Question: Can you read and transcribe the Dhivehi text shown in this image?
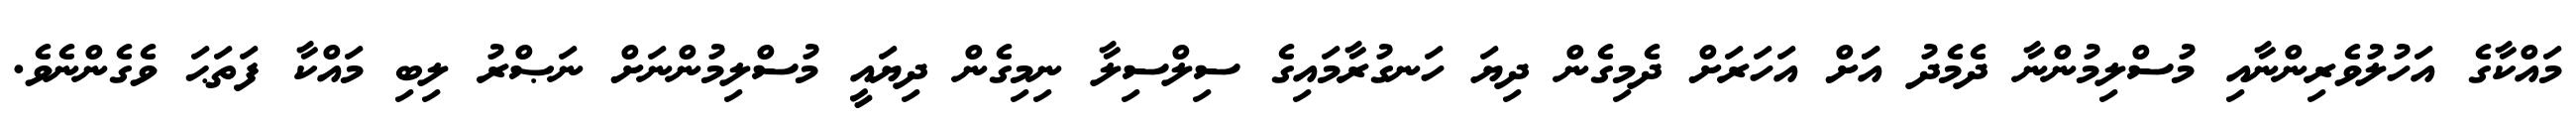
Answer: މައްކާގެ އަހުލުވެރިންނާއި މުސްލިމުންނާ ދެމެދު އަަށް އަހަރަށް ދެމިގެން ދިޔަ ހަނގުރާމައިގެ ސިލްސިލާ ނިމިގެން ދިޔައީ މުސްލިމުންނަށް ނަޞްރު ލިބި މައްކާ ފަތަޙަ ވެގެންނެވެ.